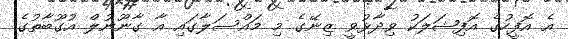
އެ އޮފީހުގެ އޮފިޝަލަކު ވިދާޅުވީ ޒިނޭގެ މި މައްސަލާގައި އާ ގާނޫނުލް އުގޫބާތުގެ